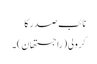
نائب صدر کا
کرولی (راجستھان)۔